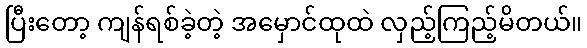
ပြီးတော့ ကျန်ရစ်ခဲ့တဲ့ အမှောင်ထုထဲ လှည့်ကြည့်မိတယ်။